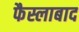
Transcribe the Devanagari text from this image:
फैस्लाबाद